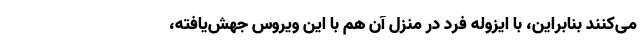
می‌کنند بنابراین، با ایزوله فرد در منزل آن هم با این ویروس جهش‌یافته،